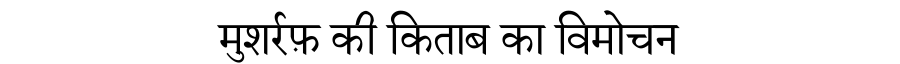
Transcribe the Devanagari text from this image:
मुशर्रफ़ की किताब का विमोचन